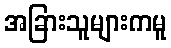
အခြားသူများကမူ